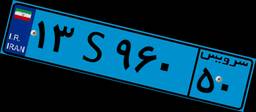
۰۵S۷۴۸۵۰